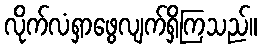
လိုက်လံရှာဖွေလျက်ရှိကြသည်။